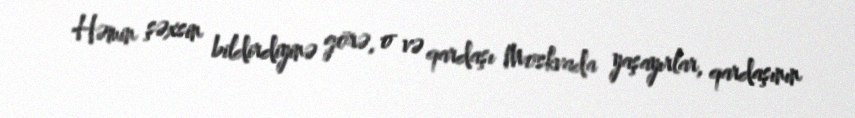
Həmin şəxsin bildirdiyinə görə, o və qardaşı Moskvada yaşayırlar, qardaşının